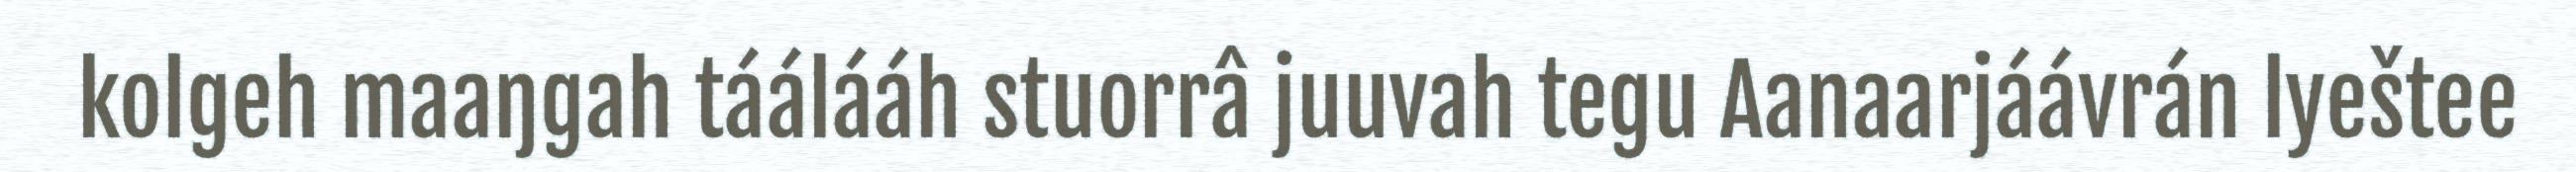
kolgeh maaŋgah táálááh stuorrâ juuvah tegu Aanaarjáávrán lyeštee